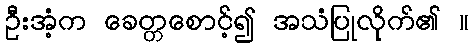
ဦးအံ့က ခေတ္တစောင့်၍ အသံပြုလိုက်၏ ။